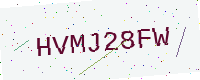
Text: HVMJ28FW